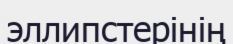
эллипстерінің